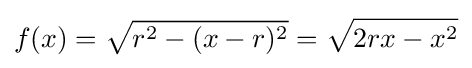
f(x)={\sqrt {r^{2}-(x-r)^{2}}}={\sqrt {2rx-x^{2}}}